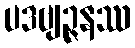
ပဒဗျဉ္ဇနဿ